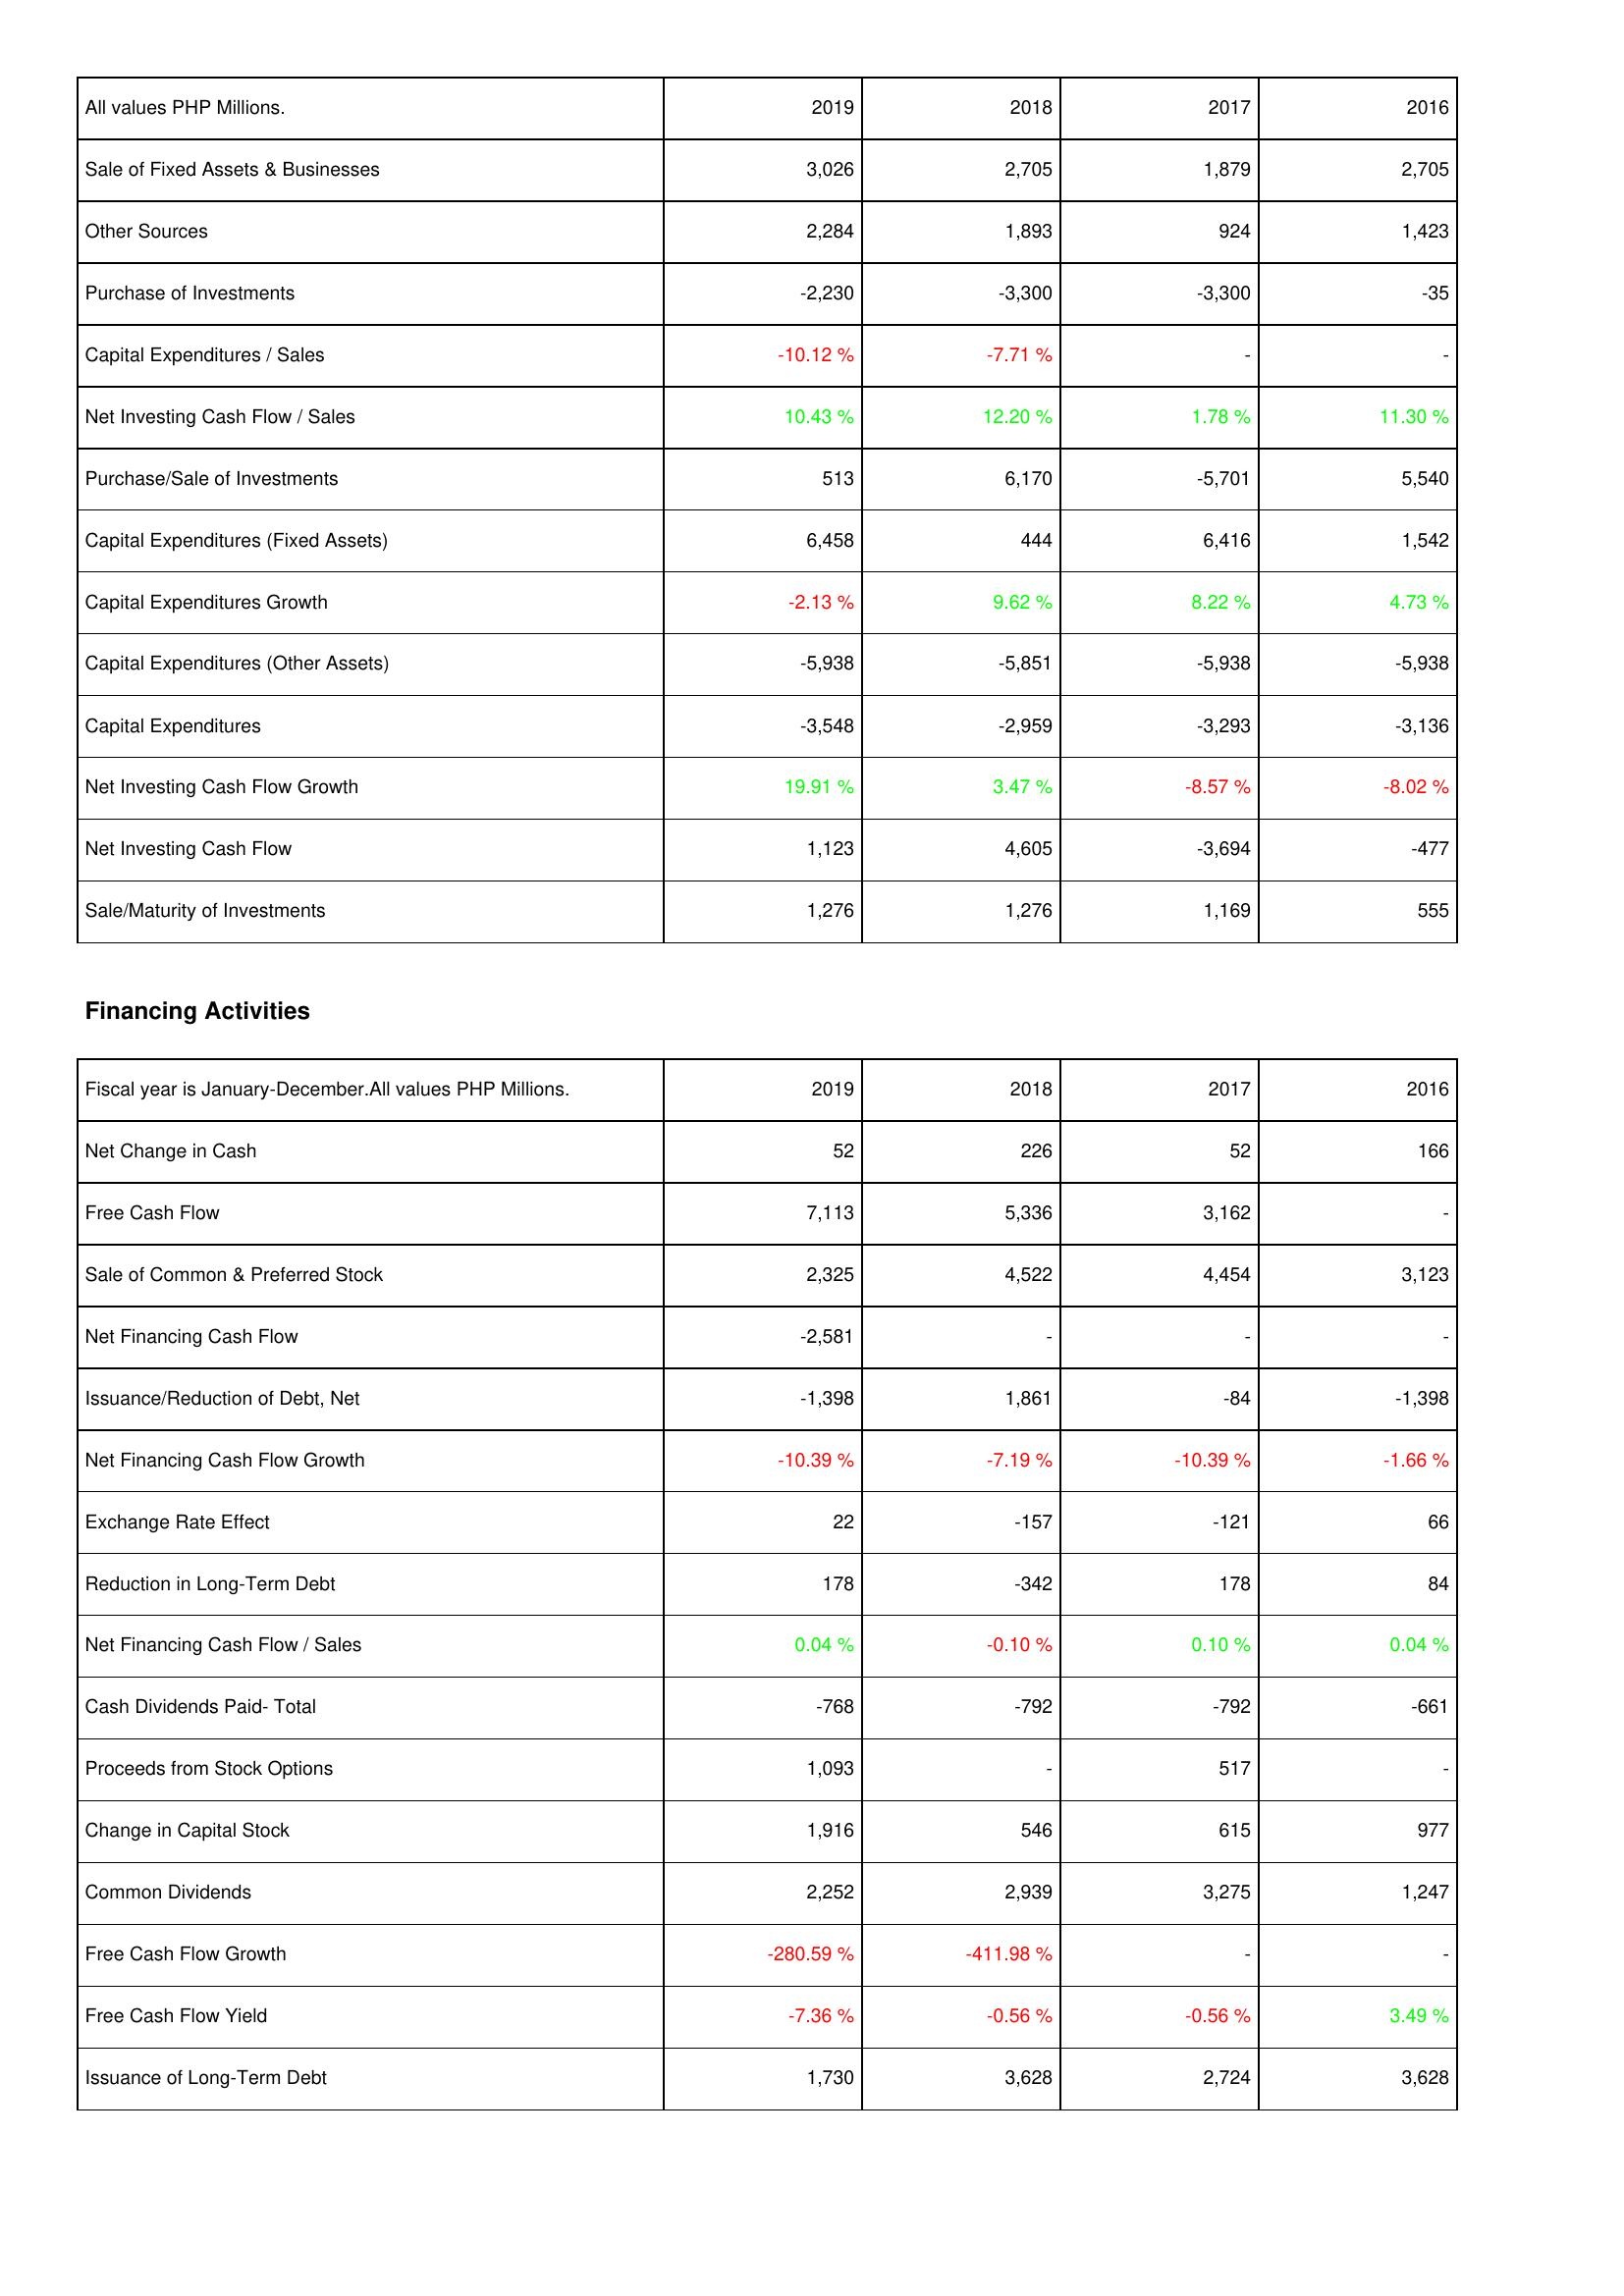
2019: Investing Activities: Sale of Fixed Assets & Businesses: 3,026
Other Sources: 2,284
Purchase of Investments: -2,230
Capital Expenditures / Sales: -10.12 %
Net Investing Cash Flow / Sales: 10.43 %
Purchase/Sale of Investments: 513
Capital Expenditures (Fixed Assets): 6,458
Capital Expenditures Growth: -2.13 %
Capital Expenditures (Other Assets): -5,938
Capital Expenditures: -3,548
Net Investing Cash Flow Growth: 19.91 %
Net Investing Cash Flow: 1,123
Sale/Maturity of Investments: 1,276
Financing Activities: Net Change in Cash: 52
Free Cash Flow: 7,113
Sale of Common & Preferred Stock: 2,325
Net Financing Cash Flow: -2,581
Issuance/Reduction of Debt, Net: -1,398
Net Financing Cash Flow Growth: -10.39 %
Exchange Rate Effect: 22
Reduction in Long-Term Debt: 178
Net Financing Cash Flow / Sales: 0.04 %
Cash Dividends Paid- Total: -768
Proceeds from Stock Options: 1,093
Change in Capital Stock: 1,916
Common Dividends: 2,252
Free Cash Flow Growth: -280.59 %
Free Cash Flow Yield: -7.36 %
Issuance of Long-Term Debt: 1,730
2018: Investing Activities: Sale of Fixed Assets & Businesses: 2,705
Other Sources: 1,893
Purchase of Investments: -3,300
Capital Expenditures / Sales: -7.71 %
Net Investing Cash Flow / Sales: 12.20 %
Purchase/Sale of Investments: 6,170
Capital Expenditures (Fixed Assets): 444
Capital Expenditures Growth: 9.62 %
Capital Expenditures (Other Assets): -5,851
Capital Expenditures: -2,959
Net Investing Cash Flow Growth: 3.47 %
Net Investing Cash Flow: 4,605
Sale/Maturity of Investments: 1,276
Financing Activities: Net Change in Cash: 226
Free Cash Flow: 5,336
Sale of Common & Preferred Stock: 4,522
Net Financing Cash Flow: -
Issuance/Reduction of Debt, Net: 1,861
Net Financing Cash Flow Growth: -7.19 %
Exchange Rate Effect: -157
Reduction in Long-Term Debt: -342
Net Financing Cash Flow / Sales: -0.10 %
Cash Dividends Paid- Total: -792
Proceeds from Stock Options: -
Change in Capital Stock: 546
Common Dividends: 2,939
Free Cash Flow Growth: -411.98 %
Free Cash Flow Yield: -0.56 %
Issuance of Long-Term Debt: 3,628
2017: Investing Activities: Sale of Fixed Assets & Businesses: 1,879
Other Sources: 924
Purchase of Investments: -3,300
Capital Expenditures / Sales: -
Net Investing Cash Flow / Sales: 1.78 %
Purchase/Sale of Investments: -5,701
Capital Expenditures (Fixed Assets): 6,416
Capital Expenditures Growth: 8.22 %
Capital Expenditures (Other Assets): -5,938
Capital Expenditures: -3,293
Net Investing Cash Flow Growth: -8.57 %
Net Investing Cash Flow: -3,694
Sale/Maturity of Investments: 1,169
Financing Activities: Net Change in Cash: 52
Free Cash Flow: 3,162
Sale of Common & Preferred Stock: 4,454
Net Financing Cash Flow: -
Issuance/Reduction of Debt, Net: -84
Net Financing Cash Flow Growth: -10.39 %
Exchange Rate Effect: -121
Reduction in Long-Term Debt: 178
Net Financing Cash Flow / Sales: 0.10 %
Cash Dividends Paid- Total: -792
Proceeds from Stock Options: 517
Change in Capital Stock: 615
Common Dividends: 3,275
Free Cash Flow Growth: -
Free Cash Flow Yield: -0.56 %
Issuance of Long-Term Debt: 2,724
2016: Investing Activities: Sale of Fixed Assets & Businesses: 2,705
Other Sources: 1,423
Purchase of Investments: -35
Capital Expenditures / Sales: -
Net Investing Cash Flow / Sales: 11.30 %
Purchase/Sale of Investments: 5,540
Capital Expenditures (Fixed Assets): 1,542
Capital Expenditures Growth: 4.73 %
Capital Expenditures (Other Assets): -5,938
Capital Expenditures: -3,136
Net Investing Cash Flow Growth: -8.02 %
Net Investing Cash Flow: -477
Sale/Maturity of Investments: 555
Financing Activities: Net Change in Cash: 166
Free Cash Flow: -
Sale of Common & Preferred Stock: 3,123
Net Financing Cash Flow: -
Issuance/Reduction of Debt, Net: -1,398
Net Financing Cash Flow Growth: -1.66 %
Exchange Rate Effect: 66
Reduction in Long-Term Debt: 84
Net Financing Cash Flow / Sales: 0.04 %
Cash Dividends Paid- Total: -661
Proceeds from Stock Options: -
Change in Capital Stock: 977
Common Dividends: 1,247
Free Cash Flow Growth: -
Free Cash Flow Yield: 3.49 %
Issuance of Long-Term Debt: 3,628